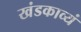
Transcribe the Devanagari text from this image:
खंडकाव्यं